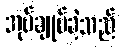
အုပ်ချုပ်ခဲ့သည်